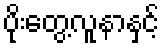
ပိုးတွေ့လူနာနှင့်